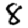
Digit: 8